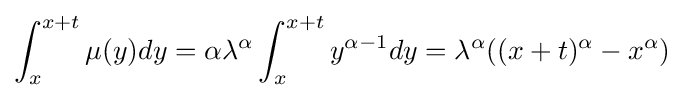
\int _{x}^{x+t}\mu (y)dy=\alpha \lambda ^{\alpha }\int _{x}^{x+t}y^{\alpha -1}dy=\lambda ^{\alpha }((x+t)^{\alpha }-x^{\alpha })